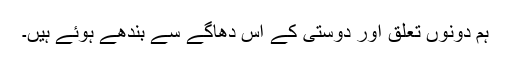
ہم دونوں تعلق اور دوستی کے اس دھاگے سے بندھے ہوئے ہیں۔